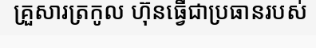
គ្រួសារត្រកូល ហ៊ុនធ្វើជាប្រធានរបស់